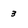
Character: 3